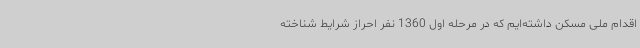
اقدام ملی مسکن داشته‌ایم که در مرحله اول 1360 نفر احراز شرایط شناخته